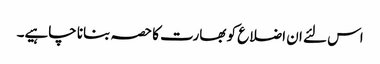
اس لئے ان اضلاع کو بھارت کا حصہ بنانا چاہیے۔